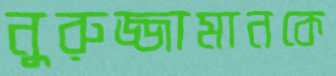
নুরুজ্জামানকে